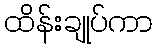
ထိန်းချုပ်ကာ